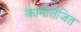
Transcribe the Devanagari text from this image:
कामोत्तेजित